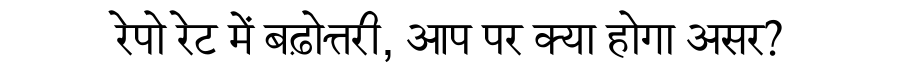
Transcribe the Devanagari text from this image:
रेपो रेट में बढ़ोत्तरी, आप पर क्या होगा असर?